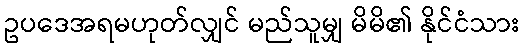
ဥပဒေအရမဟုတ်လျှင် မည်သူမျှ မိမိ၏ နိုင်ငံသား